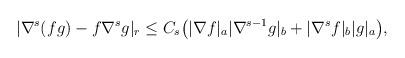
LaTeX: \begin{align*}&|\nabla^s(fg)-f \nabla^s g|_r\leq C_s\big(|\nabla f|_a |\nabla^{s-1}g|_b+|\nabla^s f|_b|g|_a\big),\end{align*}